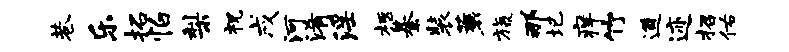
巷乐拓怕梨祝戌河淆淫柩綦装蓑旒那圮痒竹遒迹招佑